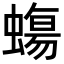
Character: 𧐀